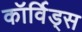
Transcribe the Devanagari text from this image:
कॉर्विड्स